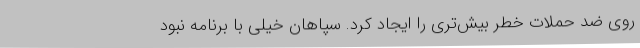
روی ضد حملات خطر بیش‌تری را ایجاد کرد. سپاهان خیلی با برنامه نبود